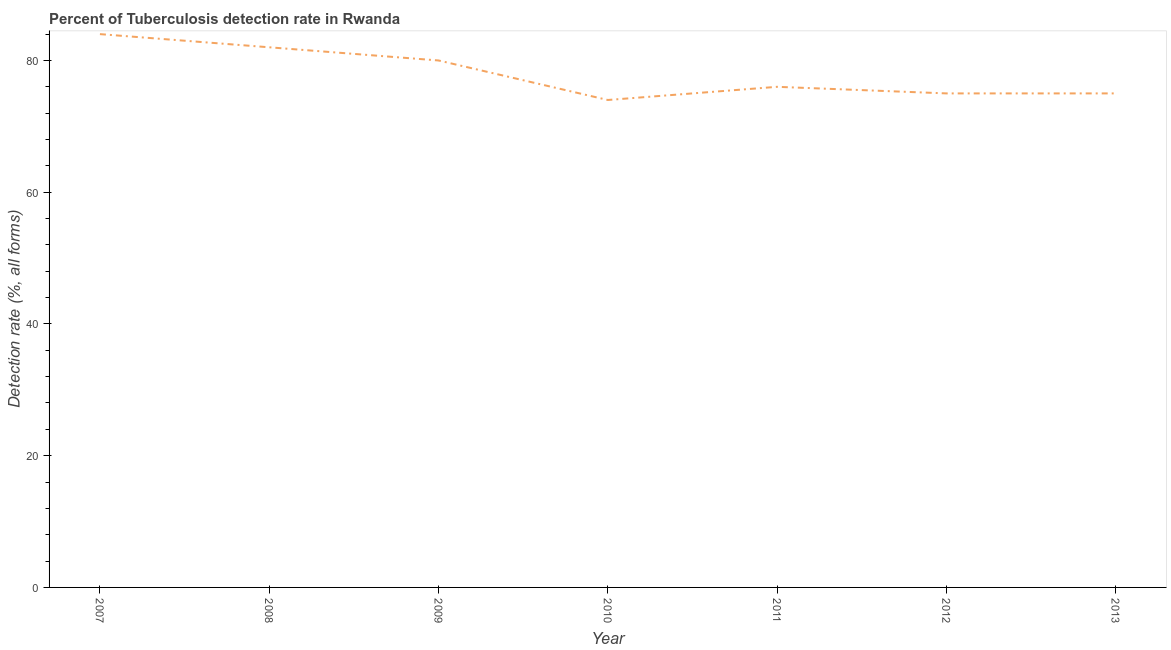
| Year | Tuberculosis case detection rate |
 | --- | --- |
 | 2007 | 84 |
 | 2008 | 82 |
 | 2009 | 80 |
 | 2010 | 74 |
 | 2011 | 76 |
 | 2012 | 75 |
 | 2013 | 75 |